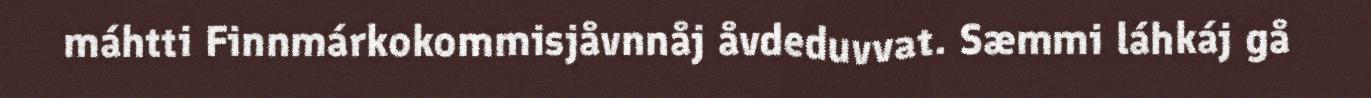
máhtti Finnmárkokommisjåvnnåj åvdeduvvat. Sæmmi láhkáj gå